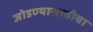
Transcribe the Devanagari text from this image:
जोडण्यासाठीचा